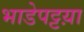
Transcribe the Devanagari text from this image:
भाडेपट्टय़ा